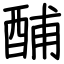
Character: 酺